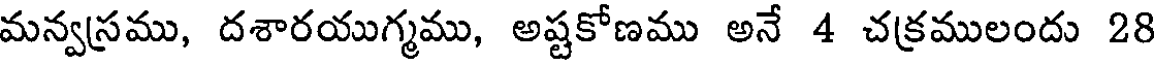
మన్వస్రము, దశారయుగ్మము, అష్టకోణము అనే 4 చక్రములందు 28